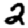
Digit: 2